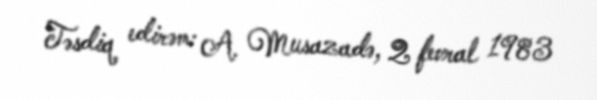
Təsdiq edirəm: A. Musazadə, 2 fevral 1983